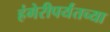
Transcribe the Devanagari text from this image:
हंगेरीपर्यंतच्या